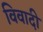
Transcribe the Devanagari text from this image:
विवादी